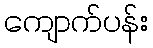
ကျောက်ပန်း